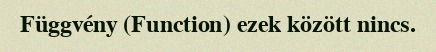
Függvény (Function) ezek között nincs.